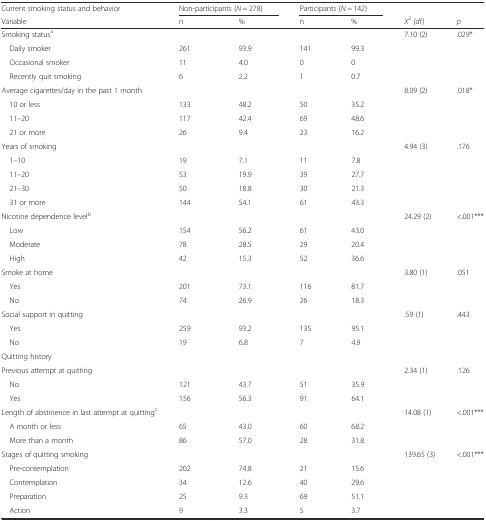
<table><thead><tr><td><b>Current smoking status and behavior</b></td><td colspan="2"><b>Non-participants (<i>N</i> = 278)</b></td><td colspan="2"><b>Participants (<i>N</i> = 142)</b></td><td>[EMPTY_CELL]</td><td>[EMPTY_CELL]</td></tr><tr><td><b>Variable</b></td><td><b>n</b></td><td><b>%</b></td><td><b>n</b></td><td><b>%</b></td><td><b><i>X</i><sup>2</sup><i>(df)</i></b></td><td><b><i>p</i></b></td></tr></thead><tbody><tr><td>Smoking status<sup>a</sup></td><td>[EMPTY_CELL]</td><td>[EMPTY_CELL]</td><td>[EMPTY_CELL]</td><td>[EMPTY_CELL]</td><td>7.10 (2)</td><td>.029*</td></tr><tr><td> Daily smoker</td><td>261</td><td>93.9</td><td>141</td><td>99.3</td><td>[EMPTY_CELL]</td><td>[EMPTY_CELL]</td></tr><tr><td> Occasional smoker</td><td>11</td><td>4.0</td><td>0</td><td>0</td><td>[EMPTY_CELL]</td><td>[EMPTY_CELL]</td></tr><tr><td> Recently quit smoking</td><td>6</td><td>2.2</td><td>1</td><td>0.7</td><td>[EMPTY_CELL]</td><td>[EMPTY_CELL]</td></tr><tr><td>Average cigarettes/day in the past 1 month</td><td>[EMPTY_CELL]</td><td>[EMPTY_CELL]</td><td>[EMPTY_CELL]</td><td>[EMPTY_CELL]</td><td>8.09 (2)</td><td>.018*</td></tr><tr><td> 10 or less</td><td>133</td><td>48.2</td><td>50</td><td>35.2</td><td>[EMPTY_CELL]</td><td>[EMPTY_CELL]</td></tr><tr><td> 11–20</td><td>117</td><td>42.4</td><td>69</td><td>48.6</td><td>[EMPTY_CELL]</td><td>[EMPTY_CELL]</td></tr><tr><td> 21 or more</td><td>26</td><td>9.4</td><td>23</td><td>16.2</td><td>[EMPTY_CELL]</td><td>[EMPTY_CELL]</td></tr><tr><td>Years of smoking</td><td>[EMPTY_CELL]</td><td>[EMPTY_CELL]</td><td>[EMPTY_CELL]</td><td>[EMPTY_CELL]</td><td>4.94 (3)</td><td>.176</td></tr><tr><td> 1–10</td><td>19</td><td>7.1</td><td>11</td><td>7.8</td><td>[EMPTY_CELL]</td><td>[EMPTY_CELL]</td></tr><tr><td> 11–20</td><td>53</td><td>19.9</td><td>39</td><td>27.7</td><td>[EMPTY_CELL]</td><td>[EMPTY_CELL]</td></tr><tr><td> 21–30</td><td>50</td><td>18.8</td><td>30</td><td>21.3</td><td>[EMPTY_CELL]</td><td>[EMPTY_CELL]</td></tr><tr><td> 31 or more</td><td>144</td><td>54.1</td><td>61</td><td>43.3</td><td>[EMPTY_CELL]</td><td>[EMPTY_CELL]</td></tr><tr><td>Nicotine dependence level<sup>b</sup></td><td>[EMPTY_CELL]</td><td>[EMPTY_CELL]</td><td>[EMPTY_CELL]</td><td>[EMPTY_CELL]</td><td>24.29 (2)</td><td>&lt;.001***</td></tr><tr><td> Low</td><td>154</td><td>56.2</td><td>61</td><td>43.0</td><td>[EMPTY_CELL]</td><td>[EMPTY_CELL]</td></tr><tr><td> Moderate</td><td>78</td><td>28.5</td><td>29</td><td>20.4</td><td>[EMPTY_CELL]</td><td>[EMPTY_CELL]</td></tr><tr><td> High</td><td>42</td><td>15.3</td><td>52</td><td>36.6</td><td>[EMPTY_CELL]</td><td>[EMPTY_CELL]</td></tr><tr><td>Smoke at home</td><td>[EMPTY_CELL]</td><td>[EMPTY_CELL]</td><td>[EMPTY_CELL]</td><td>[EMPTY_CELL]</td><td>3.80 (1)</td><td>.051</td></tr><tr><td> Yes</td><td>201</td><td>73.1</td><td>116</td><td>81.7</td><td>[EMPTY_CELL]</td><td>[EMPTY_CELL]</td></tr><tr><td> No</td><td>74</td><td>26.9</td><td>26</td><td>18.3</td><td>[EMPTY_CELL]</td><td>[EMPTY_CELL]</td></tr><tr><td>Social support in quitting</td><td>[EMPTY_CELL]</td><td>[EMPTY_CELL]</td><td>[EMPTY_CELL]</td><td>[EMPTY_CELL]</td><td>.59 (1)</td><td>.443</td></tr><tr><td> Yes</td><td>259</td><td>93.2</td><td>135</td><td>95.1</td><td>[EMPTY_CELL]</td><td>[EMPTY_CELL]</td></tr><tr><td> No</td><td>19</td><td>6.8</td><td>7</td><td>4.9</td><td>[EMPTY_CELL]</td><td>[EMPTY_CELL]</td></tr><tr><td>Quitting history</td><td>[EMPTY_CELL]</td><td>[EMPTY_CELL]</td><td>[EMPTY_CELL]</td><td>[EMPTY_CELL]</td><td>[EMPTY_CELL]</td><td>[EMPTY_CELL]</td></tr><tr><td>Previous attempt at quitting</td><td>[EMPTY_CELL]</td><td>[EMPTY_CELL]</td><td>[EMPTY_CELL]</td><td>[EMPTY_CELL]</td><td>2.34 (1)</td><td>.126</td></tr><tr><td> No</td><td>121</td><td>43.7</td><td>51</td><td>35.9</td><td>[EMPTY_CELL]</td><td>[EMPTY_CELL]</td></tr><tr><td> Yes</td><td>156</td><td>56.3</td><td>91</td><td>64.1</td><td>[EMPTY_CELL]</td><td>[EMPTY_CELL]</td></tr><tr><td>Length of abstinence in last attempt at quitting<sup>c</sup></td><td>[EMPTY_CELL]</td><td>[EMPTY_CELL]</td><td>[EMPTY_CELL]</td><td>[EMPTY_CELL]</td><td>14.08 (1)</td><td>&lt;.001***</td></tr><tr><td> A month or less</td><td>65</td><td>43.0</td><td>60</td><td>68.2</td><td>[EMPTY_CELL]</td><td>[EMPTY_CELL]</td></tr><tr><td> More than a month</td><td>86</td><td>57.0</td><td>28</td><td>31.8</td><td>[EMPTY_CELL]</td><td>[EMPTY_CELL]</td></tr><tr><td>Stages of quitting smoking</td><td>[EMPTY_CELL]</td><td>[EMPTY_CELL]</td><td>[EMPTY_CELL]</td><td>[EMPTY_CELL]</td><td>139.65 (3)</td><td>&lt;.001***</td></tr><tr><td> Pre-contemplation</td><td>202</td><td>74.8</td><td>21</td><td>15.6</td><td>[EMPTY_CELL]</td><td>[EMPTY_CELL]</td></tr><tr><td> Contemplation</td><td>34</td><td>12.6</td><td>40</td><td>29.6</td><td>[EMPTY_CELL]</td><td>[EMPTY_CELL]</td></tr><tr><td> Preparation</td><td>25</td><td>9.3</td><td>69</td><td>51.1</td><td>[EMPTY_CELL]</td><td>[EMPTY_CELL]</td></tr><tr><td> Action</td><td>9</td><td>3.3</td><td>5</td><td>3.7</td><td>[EMPTY_CELL]</td><td>[EMPTY_CELL]</td></tr></tbody></table>